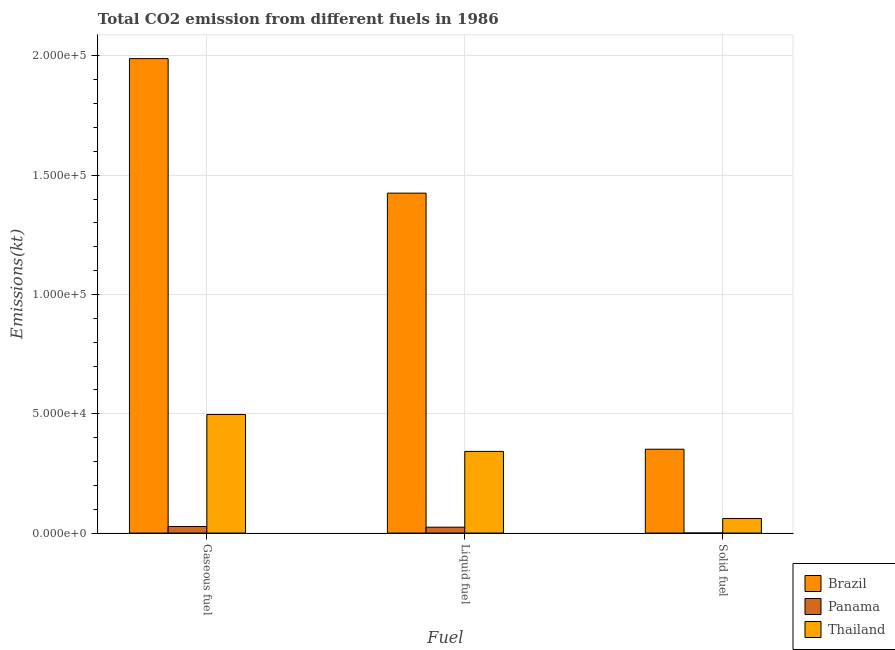
| Fuel | Brazil | Panama | Thailand |
 | --- | --- | --- | --- |
 | Gaseous fuel | 1.99e+05 | 2.75e+03 | 4.97e+04 |
 | Liquid fuel | 1.42e+05 | 2.46e+03 | 3.42e+04 |
 | Solid fuel | 3.52e+04 | 22 | 6.11e+03 |